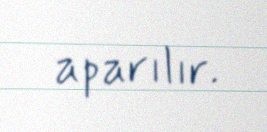
aparılır.